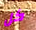
كل